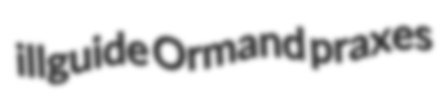
illguide Ormand praxes